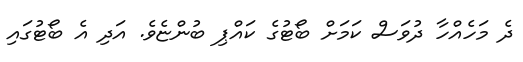
ދެ މަހެއްހާ ދުވަސް ކަމަށް ބޯޓުގެ ކައްޕި ބުންޏެވެ. އަދި އެ ބޯޓުގައި